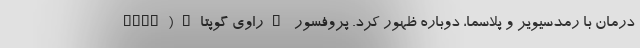
درمان با رمدسیویر و پلاسما، دوباره ظهور کرد. پروفسور "راوی گوپتا"(Ravi